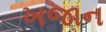
ખજાન